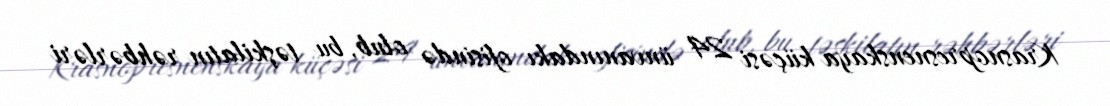
Krasnopresnenskaya küçəsi 24 ünvanındakı ofisində olub, bu təşkilatın rəhbərləri